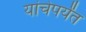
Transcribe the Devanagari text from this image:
यांचेपर्यंत